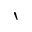
\backprime